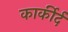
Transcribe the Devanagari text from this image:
कार्कीर्द